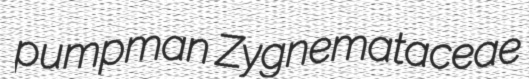
pumpman Zygnemataceae